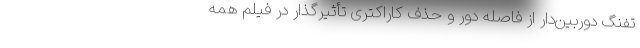
تفنگ دوربین‌دار از فاصله دور و حذف کاراکتری تأثیرگذار در فیلم همه